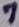
Text: 7